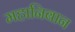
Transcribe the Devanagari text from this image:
महानिबान